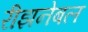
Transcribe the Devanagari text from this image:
रीझनेबल